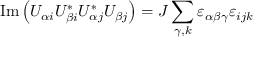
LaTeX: \operatorname { I m } \left( U _ { \alpha i } U _ { \beta i } ^ { * } U _ { \alpha j } ^ { * } U _ { \beta j } \right) = J \sum _ { \gamma , k } \varepsilon _ { \alpha \beta \gamma } \varepsilon _ { i j k }